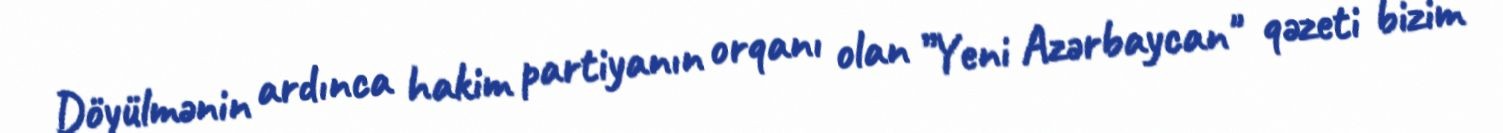
Döyülmənin ardınca hakim partiyanın orqanı olan ”Yeni Azərbaycan" qəzeti bizim